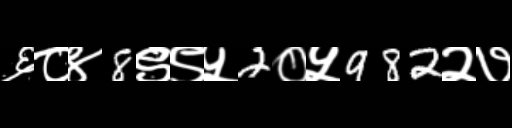
Text: ६८४8९९५2०५982२७